Elephants and their diseases
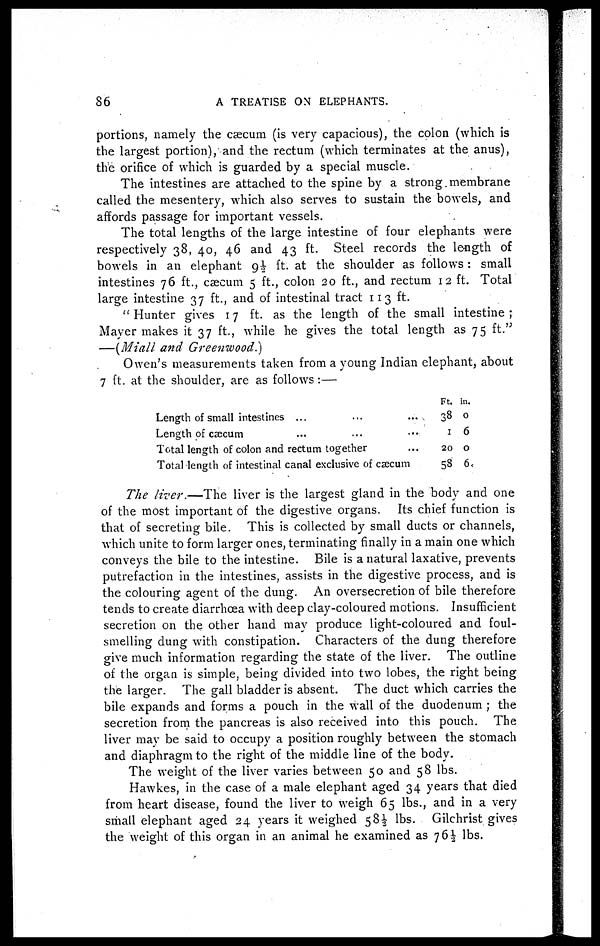
86
A TREATISE ON ELEPHANTS.
portions, namely the caecum (is very capacious), the colon (which is
the largest portion), and the rectum (which terminates at the anus),
the orifice of which is guarded by a special muscle.
The intestines are attached to the spine by a strong membrane
called the mesentery, which also serves to sustain the bowels, and
affords passage for important vessels.
The total lengths of the large intestine of four elephants were
respectively 38, 40, 46 and 43 ft. Steel records the length of
bowels in an elephant 9½ ft. at the shoulder as follows : small
intestines 76 ft., caecum 5 ft., colon 20 ft., and rectum 12 ft. Total
large intestine 37 ft., and of intestinal tract 113 ft.
" Hunter gives 17 ft. as the length of the small intestine ;
Mayer makes it 37 ft., while he gives the total length as 75 ft."
—(Miall and Greenwood.)
Owen's measurements taken from a young Indian elephant, about
7 ft. at the shoulder, are as follows :—
Length of small intestines ...
Length of caecum
Total length of colon and rectum together
...
...
...
Total length of intestinal canal exclusive of caecum
Ft.
38
1
20
58
in.
0
6
0
6
The liver.—The liver is the largest gland in the body and one
of the most important of the digestive organs. Its chief function is
that of secreting bile. This is collected by small ducts or channels,
which unite to form larger ones, terminating finally in a main one which
conveys the bile to the intestine. Bile is a natural laxative, prevents
putrefaction in the intestines, assists in the digestive process, and is
the colouring agent of the dung. An oversecretion of bile therefore
tends to create diarrhœa with deep clay-coloured motions. Insufficient
secretion on the other hand may produce light-coloured and foul-
smelling dung with constipation. Characters of the dung therefore
give much information regarding the state of the liver. The outline
of the organ is simple, being divided into two lobes, the right being
the larger. The gall bladder is absent. The duct which carries the
bile expands and forms a pouch in the wall of the duodenum ; the
secretion from the pancreas is also received into this pouch. The
liver may be said to occupy a position roughly between the stomach
and diaphragm to the right of the middle line of the body.
The weight of the liver varies between 50 and 58 lbs.
Hawkes, in the case of a male elephant aged 34 years that died
from heart disease, found the liver to weigh 65 lbs., and in a very
small elephant aged 24 years it weighed 58½ lbs. Gilchrist gives
the weight of this organ in an animal he examined as 76½ lbs.